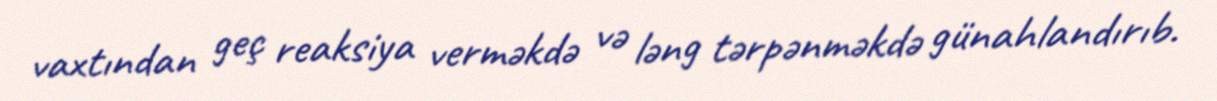
vaxtından geç reaksiya verməkdə və ləng tərpənməkdə günahlandırıb.